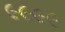
૯૯૯૯